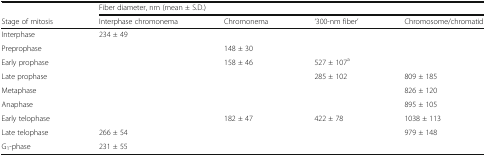
<table><thead><tr><td></td><td colspan="4"><b>Fiber diameter, nm (mean ± S.D.)</b></td></tr><tr><td><b>Stage of mitosis</b></td><td><b>Interphase chromonema</b></td><td><b>Chromonema</b></td><td><b>‘300-nm fiber’</b></td><td><b>Chromosome/chromatid</b></td></tr></thead><tbody><tr><td>Interphase</td><td>234 ± 49</td><td></td><td></td><td></td></tr><tr><td>Preprophase</td><td></td><td>148 ± 30</td><td></td><td></td></tr><tr><td>Early prophase</td><td></td><td>158 ± 46</td><td>527 ± 107<sup>a</sup></td><td></td></tr><tr><td>Late prophase</td><td></td><td></td><td>285 ± 102</td><td>809 ± 185</td></tr><tr><td>Metaphase</td><td></td><td></td><td></td><td>826 ± 120</td></tr><tr><td>Anaphase</td><td></td><td></td><td></td><td>895 ± 105</td></tr><tr><td>Early telophase</td><td></td><td>182 ± 47</td><td>422 ± 78</td><td>1038 ± 113</td></tr><tr><td>Late telophase</td><td>266 ± 54</td><td></td><td></td><td>979 ± 148</td></tr><tr><td>G<sub>1</sub>-phase</td><td>231 ± 55</td><td></td><td></td><td></td></tr></tbody></table>